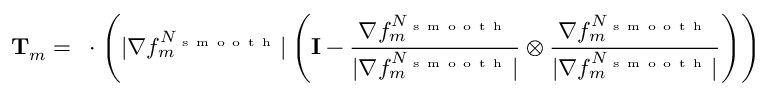
\mathbf { T } _ { m } = \mathbf { \nabla } \cdot \left( | \nabla f _ { m } ^ { N _ { \mathrm { ~ s ~ m ~ o ~ o ~ t ~ h ~ } } } | \left( \mathbf { I } - \frac { \nabla f _ { m } ^ { N _ { \mathrm { ~ s ~ m ~ o ~ o ~ t ~ h ~ } } } } { | \nabla f _ { m } ^ { N _ { \mathrm { ~ s ~ m ~ o ~ o ~ t ~ h ~ } } } | } \otimes \frac { \nabla f _ { m } ^ { N _ { \mathrm { ~ s ~ m ~ o ~ o ~ t ~ h ~ } } } } { | \nabla f _ { m } ^ { N _ { \mathrm { ~ s ~ m ~ o ~ o ~ t ~ h ~ } } } | } \right) \right)